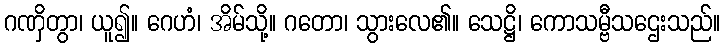
ဂဏှိတွာ၊ ယူ၍။ ဂေဟံ၊ အိမ်သို့။ ဂတော၊ သွားလေ၏။ သေဋ္ဌိ၊ ကောသမ္ဗီသဌေးသည်။